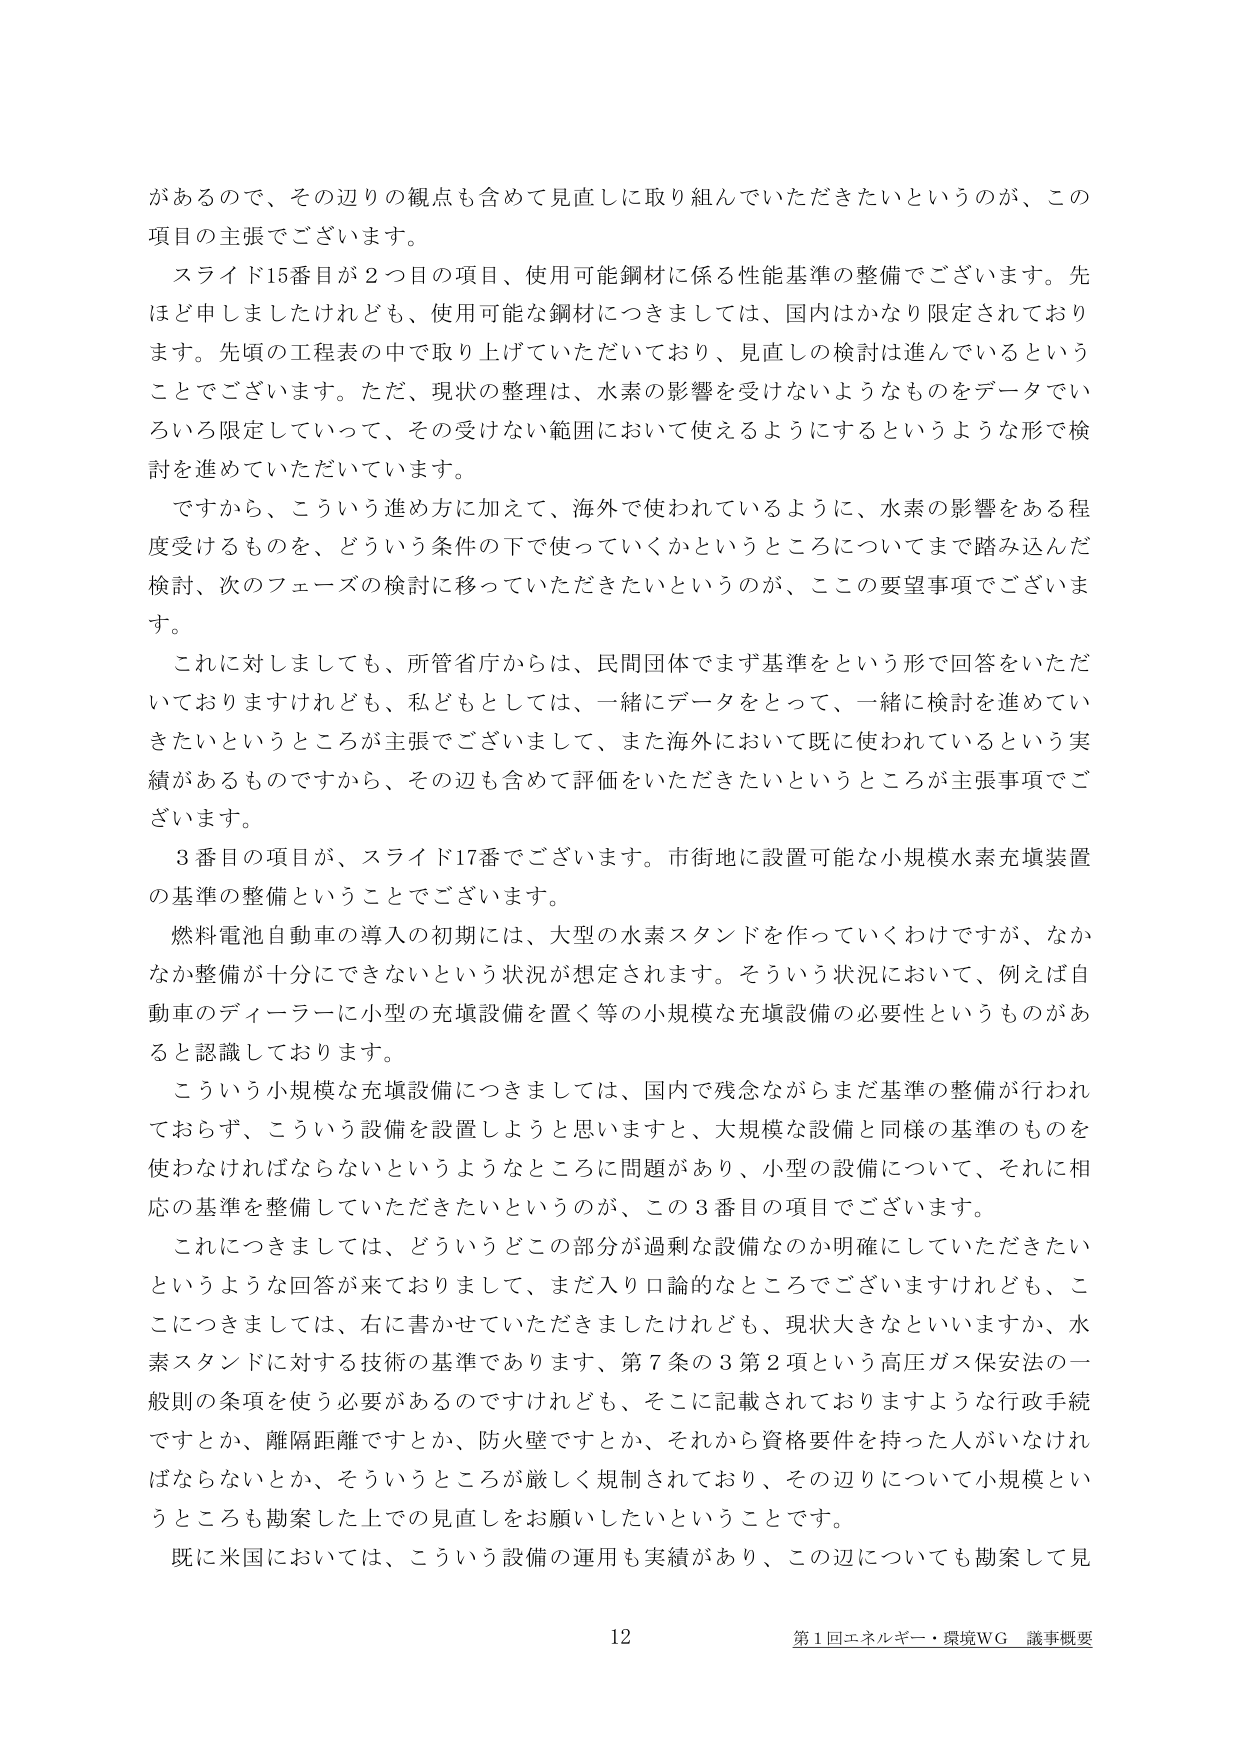
があるので、その辺りの観点も含めて見直しに取り組んでいただきたいというのが、この
項目の主張でございます。
スライド15番目が２つ目の項目、使用可能鋼材に係る性能基準の整備でございます。先
ほど申しましたけれども、使用可能な鋼材につきましては、国内はかなり限定されており
ます。先頃の工程表の中で取り上げていただいており、見直しの検討は進んでいるという
ことでございます。ただ、現状の整理は、水素の影響を受けないようなものをデータでい
ろいろ限定していって、その受けない範囲において使えるようにするというような形で検
討を進めていただいています。
ですから、こういう進め方に加えて、海外で使われているように、水素の影響がある程
度受けるものを、どういう条件の下で使っていくかというところについてまで踏み込んだ
検討、次のフェーズの検討に移っていただきたいというのが、ここの要望事項でございま
す。
これに対しましても、所管省庁からは、民間団体でまず基準をという形で回答をいただ
いておりますけれども、私どもとしては、一緒にデータをとって、一緒に検討を進めてい
きたいというところが主張でございまして、また海外において既に使われているという実
績があるものですから、その辺も含めて評価をいただきたいというところが主張事項でご
ざいます。
３番目の項目が、スライド17番でございます。市街地に設置可能な小規模水素充填装置
の基準の整備ということでございます。
燃料電池自動車の導入の初期には、大型の水素スタンドを作っていくわけですが、なか
なか整備が十分にできないという状況が想定されます。そういう状況において、例えば自
動車のディーラーに小型の充填設備を置く等の小規模な充填設備の必要性というものがあ
ると認識しております。
こういう小規模な充填設備につきましては、国内で残念ながらまだ基準の整備が行われ
ておらず、こういう設備を設置しようと思いますと、大規模な設備と同様の基準のものを
使わなければならないというようなところに問題があり、小型の設備について、それに相
応の基準を整備していただきたいというのが、この３番目の項目でございます。
これにつきましては、どういうどの部分が過剰な設備なのか明確にしていただきたい
というような回答が来ておりまして、まだ入り口論的なところでございますけれども、こ
こにつきましては、右に書かせていただきましたけれども、現状大きなといいますか、水
素スタンドに対する技術の基準であります、第７条の３第２項という高圧ガス保安法の一
般則の条項を使う必要があるのですけれども、そこに記載されておりますような行政手続
ですとか、離隔距離ですとか、防火壁ですとか、それから資格要件を持った人がいなけれ
ばならないとか、そういうところが厳しく規制されており、その辺りについて小規模とい
うところも勘案した上での見直しをお願いしたいということです。
既に米国においては、こういう設備の運用も実績があり、この辺についても勘案して見

12
第1回エネルギー・環境WG 議事概要